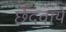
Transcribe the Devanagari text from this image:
छेदवाये